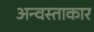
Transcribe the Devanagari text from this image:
अन्वस्ताकार